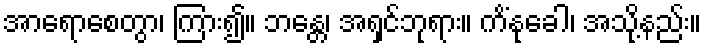
အာရောစေတွာ၊ ကြား၍။ ဘန္တေ၊ အရှင်ဘုရား။ ကိံနုခေါ၊ အသို့နည်း။